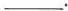
___.